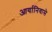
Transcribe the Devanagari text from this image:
आर्यानिवासे